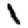
Digit: 1